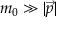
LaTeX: m _ { 0 } \gg | { \vec { p } } |